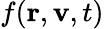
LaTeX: f(\mathbf{r},\mathbf{v},t)